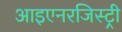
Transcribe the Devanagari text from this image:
आइएनरजिस्ट्री